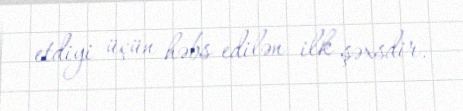
etdiyi üçün həbs edilən ilk şəxsdir.